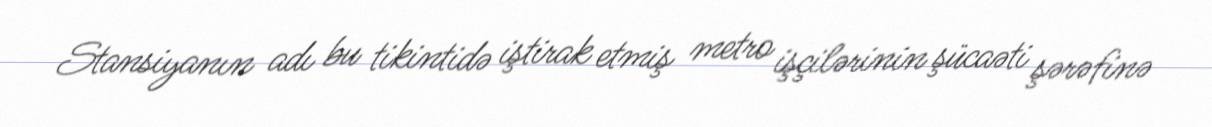
Stansiyanın adı bu tikintidə iştirak etmiş metro işçilərinin şücaəti şərəfinə